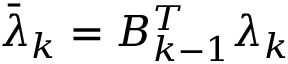
\bar { \lambda } _ { k } = B _ { k - 1 } ^ { T } \lambda _ { k }